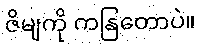
ဇိမျကို ကနြတောပဲ။